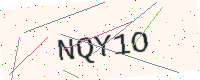
Text: NQY1O